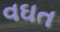
વઘત